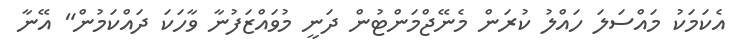
އެކަމަކު މައްސަލަ ހައްލު ކުރަން މެނޭޖްމަންޓުން ދަނީ މުވައްޒަފުނާ ވާހަކަ ދައްކަމުން" އޭނާ